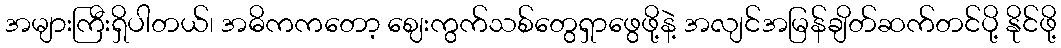
အများကြီးရှိပါတယ်၊ အဓိကကတော့ ဈေးကွက်သစ်တွေရှာဖွေဖို့နဲ့ အလျင်အမြန်ချိတ်ဆက်တင်ပို့ နိုင်ဖို့